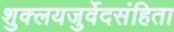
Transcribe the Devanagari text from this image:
शुक्लयजुर्वेदसंहिता